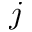
j